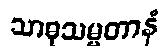
သာဓုသမ္မတာနံ